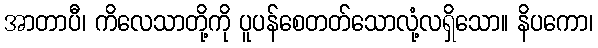
အာတာပီ၊ ကိလေသာတို့ကို ပူပန်စေတတ်သောလုံ့လရှိသော။ နိပကော၊